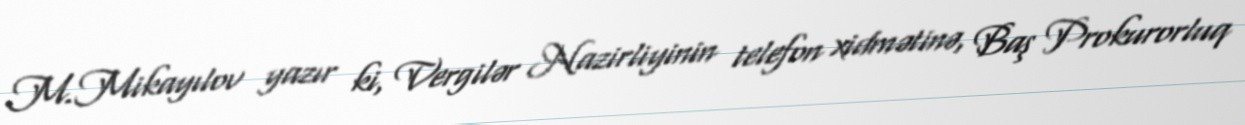
M.Mikayılov yazır ki, Vergilər Nazirliyinin telefon xidmətinə, Baş Prokurorluq